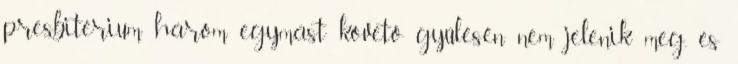
presbitérium három egymást követő gyűlésén nem jelenik meg, és